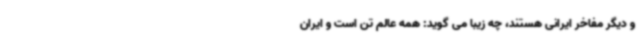
و دیگر مفاخر ایرانی هستند، چه زیبا می گوید: همه عالم تن است و ایران